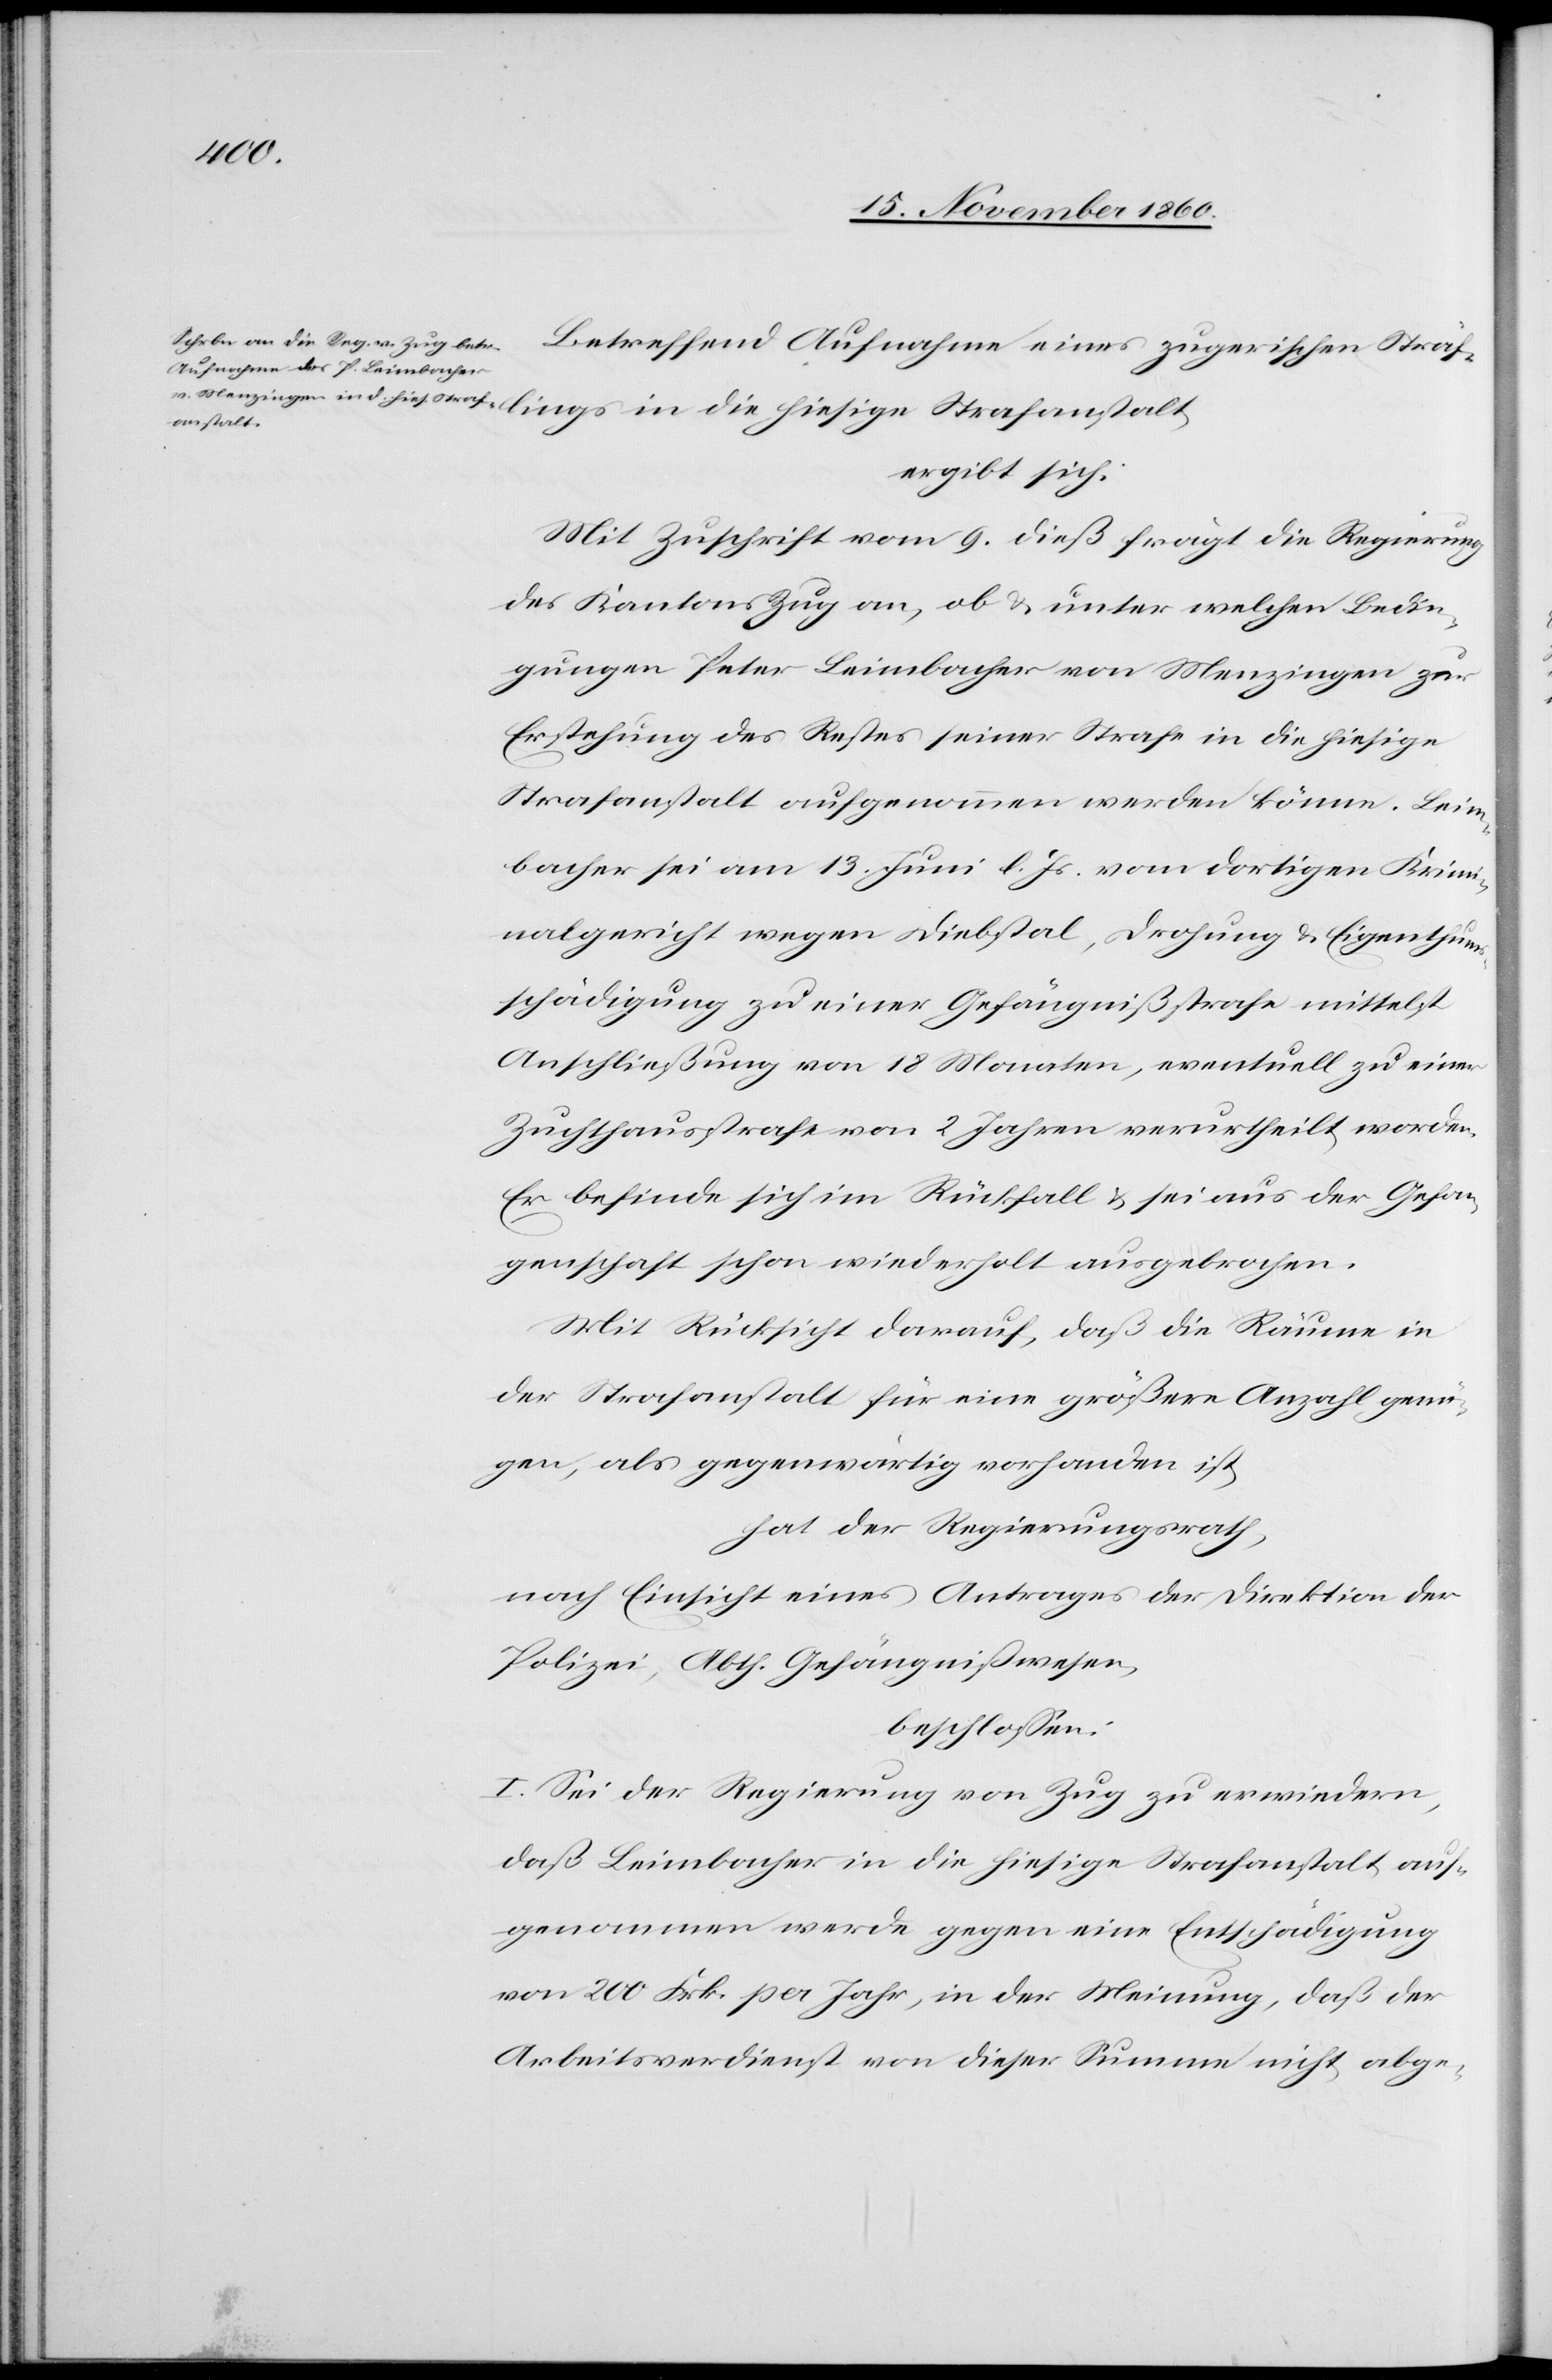
Betreffend Aufnahme eines zugerischen Sträf¬
fanstalt,
ergibt sich:
Mit Zuschrift vom 9. dieß frägt die Regierung
des Kantons Zug an, ob u. unter welchen Bedin¬
gungen Peter Leimbacher von Menzingen zur
Erstehung des Restes seiner Strafe in die hiesige
Strafanstalt aufgenommen werden könne. Leim¬
bacher sei am 13. Juni l. Js. vom dortigen Krimi¬
nalgericht wegen Diebstal, Drohung u. Eigenthums¬
schädigung zu einer Gefängnißstrafe mittelst
Anschließung von 18 Monate, eventuell zu einer
Zuchthausstrafe von 2 Jahren verurtheilt worden.
Er befinde sich im Rückfall u. sei aus der Gefan¬
genschaft schon wiederholt ausgebrochen.
Mit Rücksicht darauf, daß die Räume in
der Strafanstalt für eine größere Anzahl genü¬
gen, als gegenwärtig vorhanden ist,
hat der Regierungsrath,
nach Einsicht eines Antrages der Direktion der
Polizei, Abth. Gefägnißwesen,
beschlossen:
I. Sei der Regierung von Zug zu erwiedern,
daß Leimbacher in die hiesige Strafanstalt auf¬
genommen werde gegen eine Entschädigung
von 200 Frk. per Jahr, in der Meinung, daß der
Arbeitsverdienst von dieser Summe nicht abge-